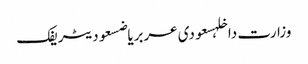
وزارت داخلہسعودی عربریاضسعودیٹریفک